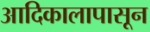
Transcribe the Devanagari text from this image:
आदिकालापासून